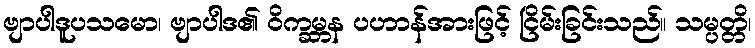
ဗျာပါဒူပသမော၊ ဗျာပါဒ၏ ဝိက္ခမ္ဘန ပဟာန်အားဖြင့် ငြိမ်းခြင်းသည်။ သမ္ပတ္တိ၊